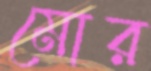
মোর